Report on the administration of the Government Cinchona Department 1892-98
Year: 1892
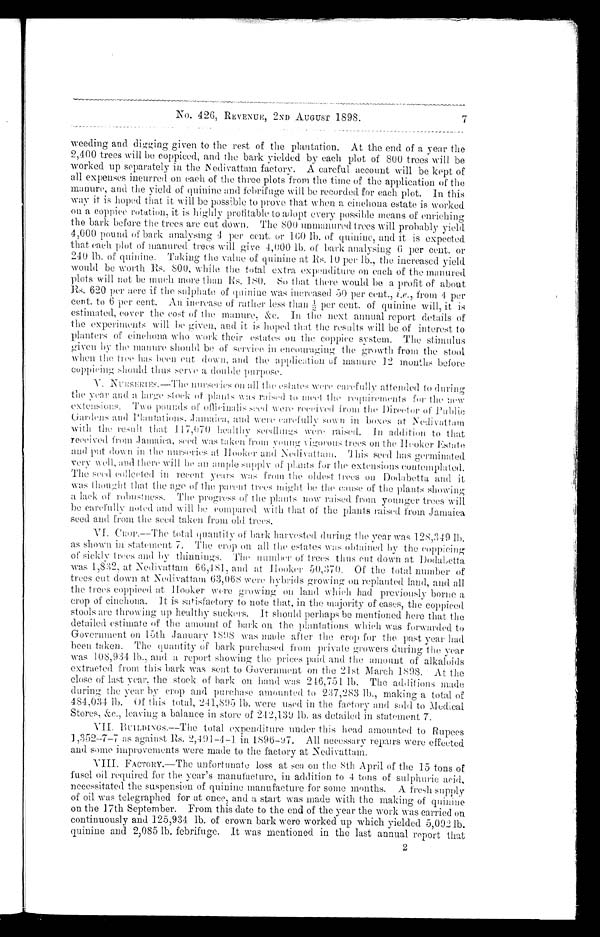
No. 426, REVENUE, 2ND AUGUST 1898. 7
weeding and. digging given to the rest of the plantation. At the end of a year the
2,400 trees will be coppiced, and the bark yielded by each plot of 800 trees will be
worked up separately in the Nedivattam factory. A careful account will be kept of
all expenses incurred on each of the three plots from the time of the application of the
manure, and the yield of quinine and febrifuge will be recorded for each plot. In this
way it is hoped that it, will be possible to prove that when a cinchona estate is worked
on a coppice rotation, it is highly profitable to adopt every possible means of enriching
the bark before the trees are cut down. The 800 unmanured trees will probably yield
4,000 pound of bark analysing 4 per cent. or 160 lb. of quinine, and it is expected
that each plot of manured trees will give 4,000 lb. of bark analysing 6 per cent. or
240 lb. of quinine. Taking the value of quinine at Rs. 10 per lb., the increased yield
would be worth Rs. 800, while the total extra expenditure on each of the manured
plots will not be much more than Rs. 180. So that there w ould be a profit of about
Rs. 620 per acre if the sulphate of quinine was increased 50 per cent., i.e ., from 4 per
cent. to 6 per cent. An increase of rather less than ½ per cent. of quinine will., it is
estimated, cover the cost of the manure, &amp;c. In the next annual report details of
the experiments will be given, and. it is hoped that the results will be of interest to
planters of cinchona who work their estates on the coppice system. The
Stimulus given by the manure should be of service in encouraging the growth from the stool
when the tree has been cut down, and the application of manure 12 months before
coppicing should thus serve a double purpose.
V. NURSERIES.—The nurseries on all the estates Were carefully attended to during
the Vear and. a large stock of plants was raised to meet the requirements for the
new extensions. Two pounds of officinalis seed Were received from the
Director of Public Gardens and Plantations, Jamaiea, and were carefully Sown in boxes at
N e d i v a t t a m w i t h t h y
r e s u l t
t h a t 1 1 7 , 0 7 0 he
a l t h y s e e d l i n g s
W e r e r a i s e d . I na
d d i t i o n t o
that
received from Jamaica, seed was taken from youngV i g o r o u s t r e e so
n t h e H o o k e r
E s t a t e
and put down in the nurseries at Hooker and Nedivattam. This seed has germinated
very Well, and there will be a n ample Supply of plants for the extensions contemplated.
The seed collected in recent years from the oldest trees on Dodabetta and it
was thought. that the age of the parent trees might be the cause of the plants
s h o w i n g a
l a c k o f r o b u s t n e s s . T h e p r o g r e s s o f t h ep
l a n t s n o w
raised from younger trees will
be carefully noted and Will be compared with that of the plants raised from Jamaica
seed and from the seed. taken from old trees.
VI. CROP.—The total quantity of bark harvested during the year was 128, 349 l b.
as shown in statement 7. The crop on all the estates was obtained by the coppicing
of sickly trees and by thinnings. The n u m b e r
o f t r e e s t h u s
c u t .
d o w n a t D o d a b e t t a
was 1,832, at Nedivattam 66,481. and at Hooker 50,370. Of the total number of
trees cut down at Nedivattam 63,068 were hybrids growing on replanted land, and all.
the trees coppieed. at. Hooker Were glowing on land which had previously borne a
crop of cinchona. It is satisfactory to note that, in the majority of cases, the coppieed
stools are throwing up healthy suckers. It should perhaps be mentioned here that the
detailed estimate of the amount of bark on the plantations which was forwarded to
Government on 15th ,January 1898 was made after the crop for the past year had
been taken. The quantity of bark purchased from private growers during the year
was 108,934 lb., and a report showing the priees paid and the amount of alkaloids
extracted from this bark was sent to Government on the 21st March 1898. At the
close of last year. the stock of hark on hand was 246,751 lb. The additions made
during the year by crop and perchase amounted. to 237,283 lb., making a total of
484,034 lb. Of this total, 241,895 lb. were used in the factory and sold to Medical
S t o r e s , & a m p ; c . , l e a v i n g a b a l a n c e i n s t o r e o f 2 4 2 , 1 3 9 l b . a s d e t a i l e d i n s t a t e m e n t 7 .
VII, BUILDINGS.—The total expenditure under this head amounted to Rupees
1,352-7-7 as against Rs. 2,491-4-1 in 1896-97. All necessary repairs were effeeted
and some improvements were made to the factory at Nedivattam.
VIII. FACTORY.—The unfortunate loss at sea on the 8th April of the 15 tons of
fusel Oil required for the year's manufacture, in addition to 4 tons of sulphuric acid,
necessitated the suspension of quinine manufacture for some months. A fresh supply
of oil was telegraphed for at once, and a start was made with the making of quinine
on the 17th September. From this date to the end of the year the work was carried on
continuously and 125,934 lb. of crown bark were worked up which yielded 5,092 lb.
quinine and 2,085 lb. febrifuge. It was mentioned in the last annual report that
2